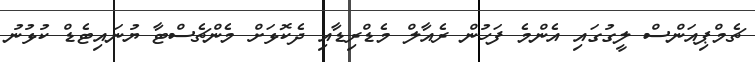
ޗެމްޕިއަންސް ލީގުގައި އެންމެ ފަހުން ރެއާލް މެޑްރިޑާއި ދެކޮޅަށް މެންޗެސްޓާ ޔުނައިޓެޑް ކުޅުނު